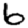
Digit: 6